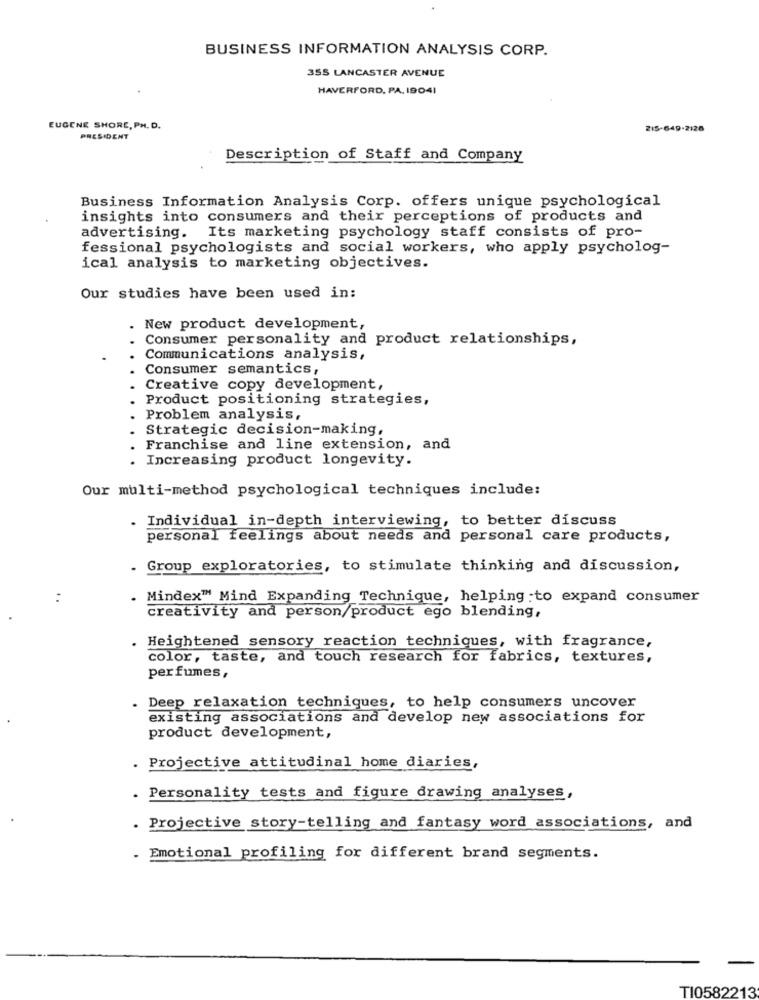
BUSINESS INFORMATION ANALYSIS CORP.
355 LANCASTER AVENUE
HAVERFORD, PA. 19041
EUGENE SHORE, PH. D.
215-649-2128
PRESIDENT
Description of Staff and Company
Business Information Analysis Corp. offers unique psychological
insights into consumers and their perceptions of products and
advertising. Its marketing psychology staff consists of pro-
fessional psychologists and social workers, who apply psycholog-
ical analysis to marketing objectives.
Our studies have been used in:
.
New product development,
Consumer personality and product relationships,
Communications analysis,
Consumer semantics,
Creative copy development,
Product positioning strategies,
Problem analysis,
Strategic decision-making,
Franchise and line extension, and
Increasing product longevity.
Our multi-method psychological techniques include:
. Individual in-depth interviewing, to better discuss
personal feelings about needs and personal care products,
. Group exploratories, to stimulate thinking and discussion,
:
. Mindex" Mind Expanding Technique, helping to expand consumer
creativity and person/product ego blending,
Heightened sensory reaction techniques, with fragrance,
color, taste, and touch research for fabrics, textures,
perfumes,
. Deep relaxation techniques, to help consumers uncover
existing associations and develop new associations for
product development,
. Projective attitudinal home diaries,
. Personality tests and figure drawing analyses,
. Projective story-telling and fantasy word associations, and
Emotional profiling for different brand segments.
TI0582213